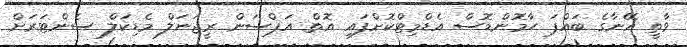
ވާތީ އޭނާގެ ބައްޕަ ހާމޮންޑޮސް އެޑްމިޓްކޮށްފައި އޮތް އަޕްސަން ރީޖަނަލް މެޑިކަލް ސެންޓަރަށް